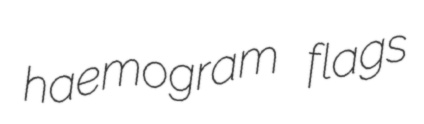
haemogram flags